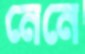
নেনে